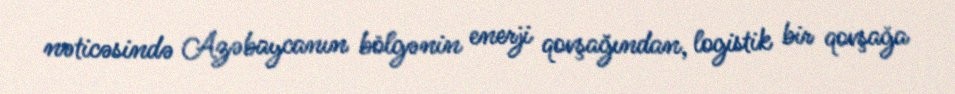
nəticəsində Azəbaycanın bölgənin enerji qovşağından, logistik bir qovşağa